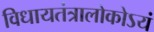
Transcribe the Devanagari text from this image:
विधायतंत्रालोकोऽयं